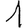
Digit: 1